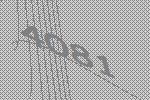
4081